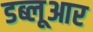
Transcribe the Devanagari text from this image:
डब्लूआर